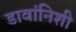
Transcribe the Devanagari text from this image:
डावांनिशी